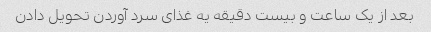
بعد از یک ساعت و بیست دقیقه یه غذای سرد آوردن تحویل دادن